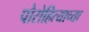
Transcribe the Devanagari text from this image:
पौरोहित्याच्या